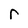
Character: r